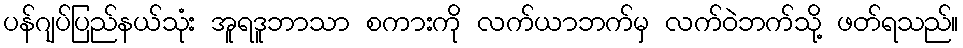
ပန်ဂျပ်ပြည်နယ်သုံး အူရဒူဘာသာ စကားကို လက်ယာဘက်မှ လက်ဝဲဘက်သို့ ဖတ်ရသည်။